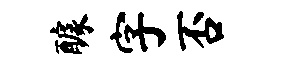
醵字否